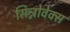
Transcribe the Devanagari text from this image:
सिन्नोवेक्स